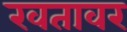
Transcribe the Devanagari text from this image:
खतावर